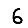
Digit: 6